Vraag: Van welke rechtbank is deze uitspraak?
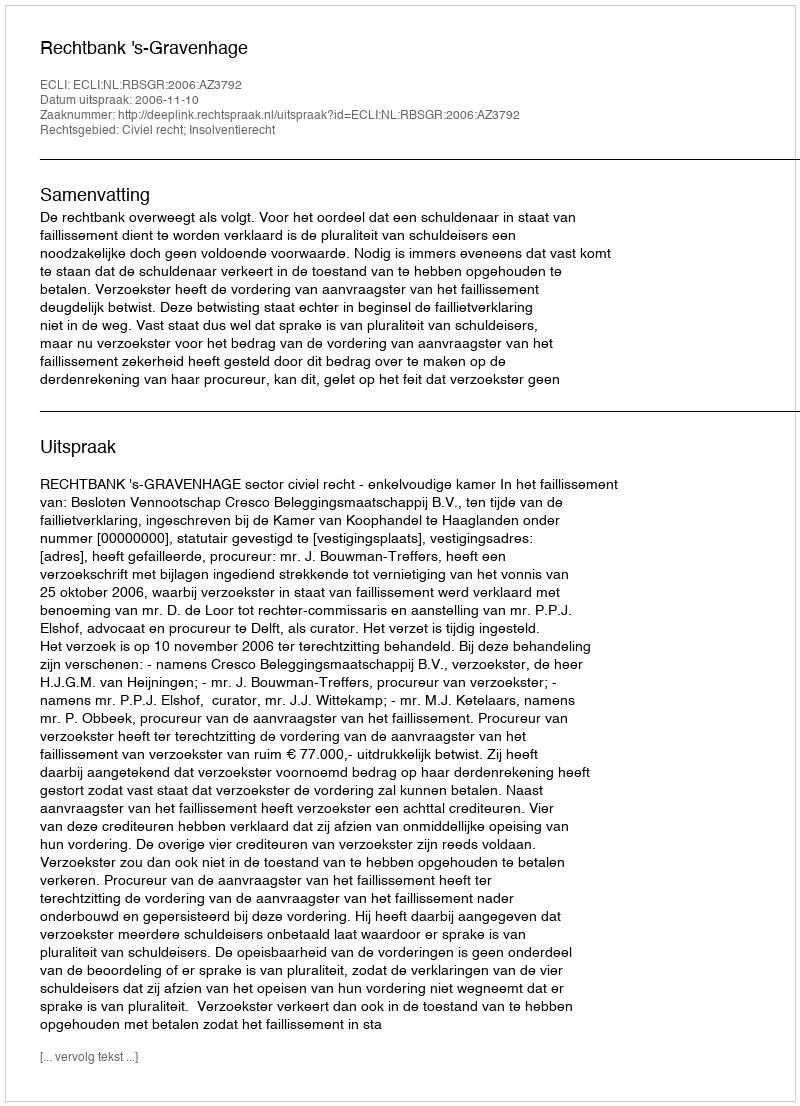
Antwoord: Rechtbank 's-Gravenhage